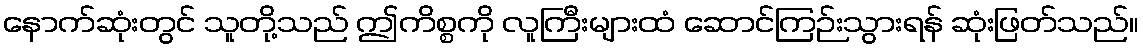
နောက်ဆုံးတွင် သူတို့သည် ဤကိစ္စကို လူကြီးများထံ ဆောင်ကြဉ်းသွားရန် ဆုံးဖြတ်သည်။